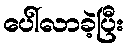
ပေါ်လာခဲ့ပြီး